Report on sanitation, dispensaries, and jails in Rajputana for 1912, and on vaccination for the year 1912-1913 - 1912-1913
Year: 1912
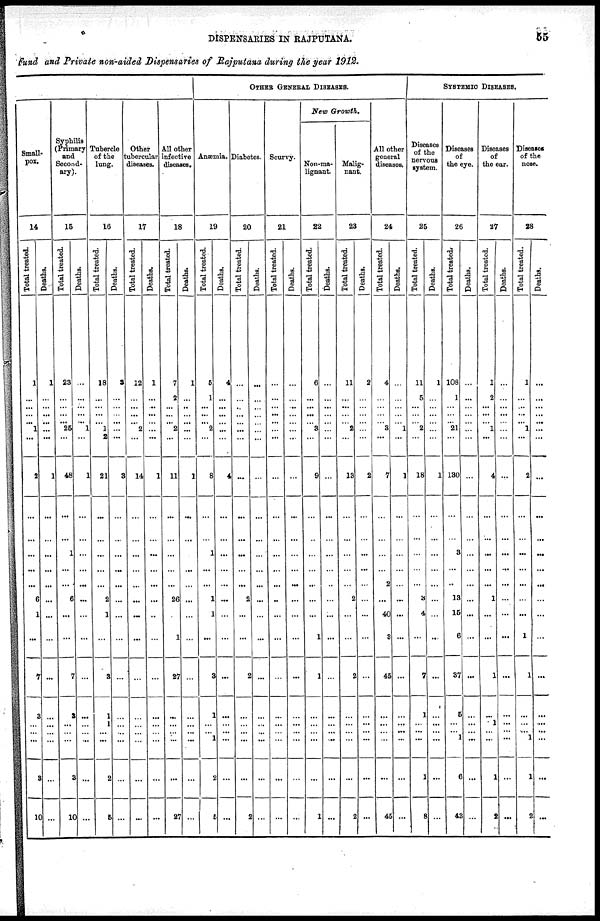
DISPENSARIES IN RAJPUTANA.
55
fund and Private non-aided Dispensaries of Rajputana during the year 1912.
Small¬
pox.
14
Total treated.
1
...
...
...
... 1
...
3
...
...
...
...
...
6
1
...
7
3
...
...
3
10
Deaths.
1
...
...
...
...
...
...
1
...
...
...
...
...
...
...
...
...
...
...
...
...
...
Syphilis
(Primary
and
Second-
ary).
15
Total treated.
23
...
...
...
... 25
...
48
...
...
1
...
...
6
...
...
7
3
...
...
3
10
Deaths.
...
...
...
...
... 1
...
1
...
...
...
...
...
...
...
...
...
...
...
...
...
...
Tubercle
of the
lung.
16
Total treated.
18
...
...
...
... 1
2
21
...
...
...
...
...
2
1
...
3
1
1
...
2
5
Deaths.
3
...
...
...
...
...
...
3
...
...
...
...
...
...
...
...
...
...
...
...
...
...
Other
tubercular
diseases.
17
Total treated.
12
...
...
...
... 2
...
14
...
...
...
...
...
...
...
...
...
...
...
...
...
...
Deaths.
1
...
...
...
...
...
...
1
...
...
...
...
...
...
..
...
...
...
...
...
...
...
All other
infective
diseases.
18
Total treated.
7
2
...
...
... 2
...
11
...
...
...
...
...
26
...
1
27
...
...
...
...
27
Deaths.
1
...
..
...
...
...
...
1
...
...
...
...
...
...
...
...
...
...
...
...
...
...
OTHER GENERAL DISEASES.
Anæmia.
19
Total treated.
5
1
...
...
... 2
...
8
...
...
1
...
...
1
1
...
3
1
...
1
2
5
Deaths.
4
...
...
...
...
...
...
4
...
...
...
...
...
...
...
...
...
...
...
...
...
...
Diabetes.
20
Total treated.
...
...
..
...
...
...
...
...
...
...
...
...
...
2
...
...
2
...
...
...
...
2
Deaths.
...
...
...
...
...
...
...
...
...
...
...
...
...
...
...
...
...
...
...
...
...
...
Scurvy.
21
Total treated.
...
...
...
...
...
...
...
...
...
...
...
...
...
...
...
...
...
...
...
...
...
...
Deaths.
...
...
...
...
...
...
...
...
...
...
...
...
...
...
...
...
...
...
...
...
...
...
New Growth.
Non-ma-
lignant.
22
Total treated.
6
...
...
...
... 3
...
9
...
..
...
...
...
...
...
1
1
...
...
...
...
1
Deaths.
...
...
...
...
...
...
...
...
...
...
...
...
...
...
...
...
...
...
...
...
...
...
Malig-
nant.
23
Total treated.
11
...
...
...
... 2
...
13
...
...
...
...
...
2
...
...
2
...
...
...
...
2
Deaths.
2
...
...
...
...
...
...
2
...
...
...
...
...
...
...
...
...
...
...
...
...
...
All other
general
diseases.
24
Total treated.
4
...
...
...
... 3
...
7
...
...
...
...
2
...
40
3
45
...
...
...
...
45
Deaths.
...
...
...
...
... 1
...
1
...
...
...
...
...
...
...
...
...
...
...
...
...
...
SYSTEMIC DISEASES.
Diseases
of the
nervous
system.
25
Total treated.
11
5
...
...
... 2
...
18
...
...
...
...
...
3
4
...
7
1
...
...
1
8
Deaths.
1
...
...
...
...
...
...
1
...
...
...
...
...
...
...
...
...
...
...
...
...
...
Diseases
of
the eye.
26
Total treated.
108
1
...
...
... 21
...
130
...
...
3
...
..
13
15
6
37
5
...
1
6
43
Deaths.
...
...
...
...
...
...
...
...
...
...
...
...
...
...
...
...
...
...
...
...
...
...
Diseases
of
the ear.
27
Total treated.
1
2
...
...
... 1
...
4
...
...
...
...
...
1
...
...
1
...
1
...
1
2
Deaths.
...
...
...
...
...
...
...
...
...
...
...
...
...
...
...
...
...
...
...
...
...
...
Diseases
of the
nose.
28
Total treated.
1
...
...
...
... 1
...
2
...
...
...
...
...
...
...
1
1
...
...
1
1
2
Deaths.
...
...
...
...
...
...
...
...
...
...
...
...
...
...
...
...
...
...
...
...
...
...